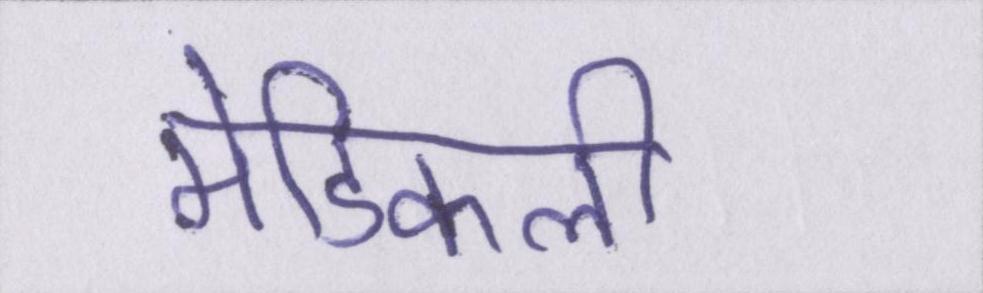
मेडिकली